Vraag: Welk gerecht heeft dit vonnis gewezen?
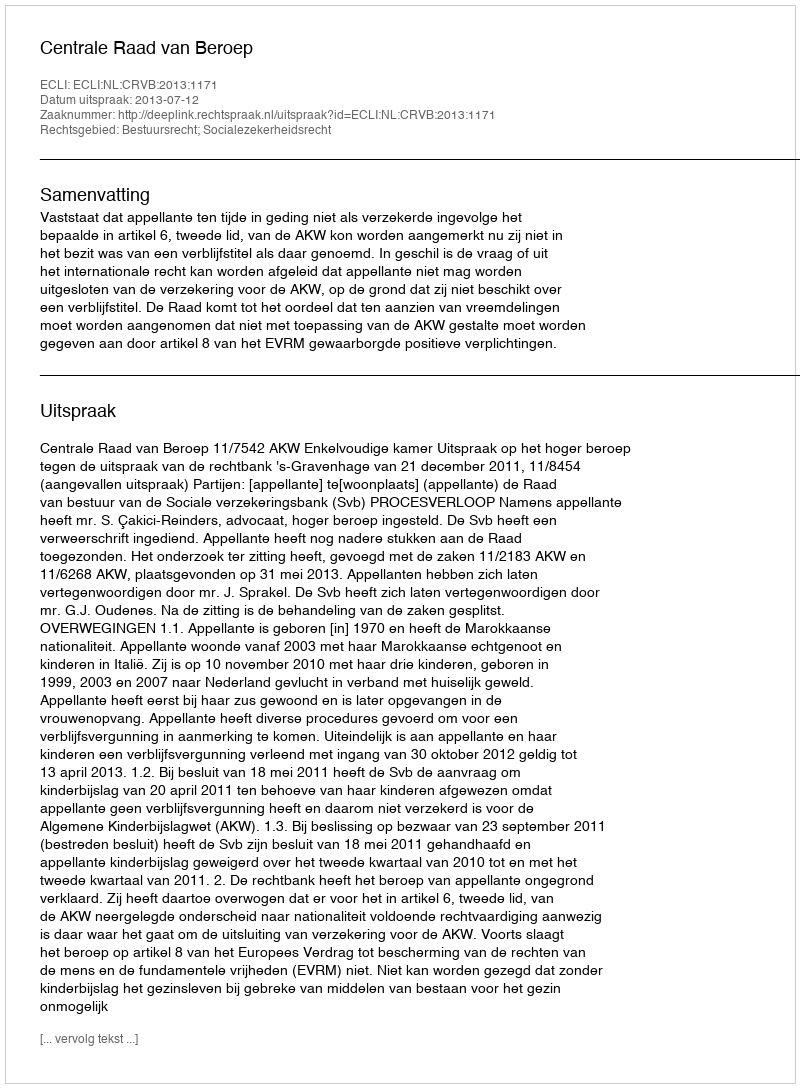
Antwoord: Centrale Raad van Beroep